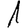
Digit: 1